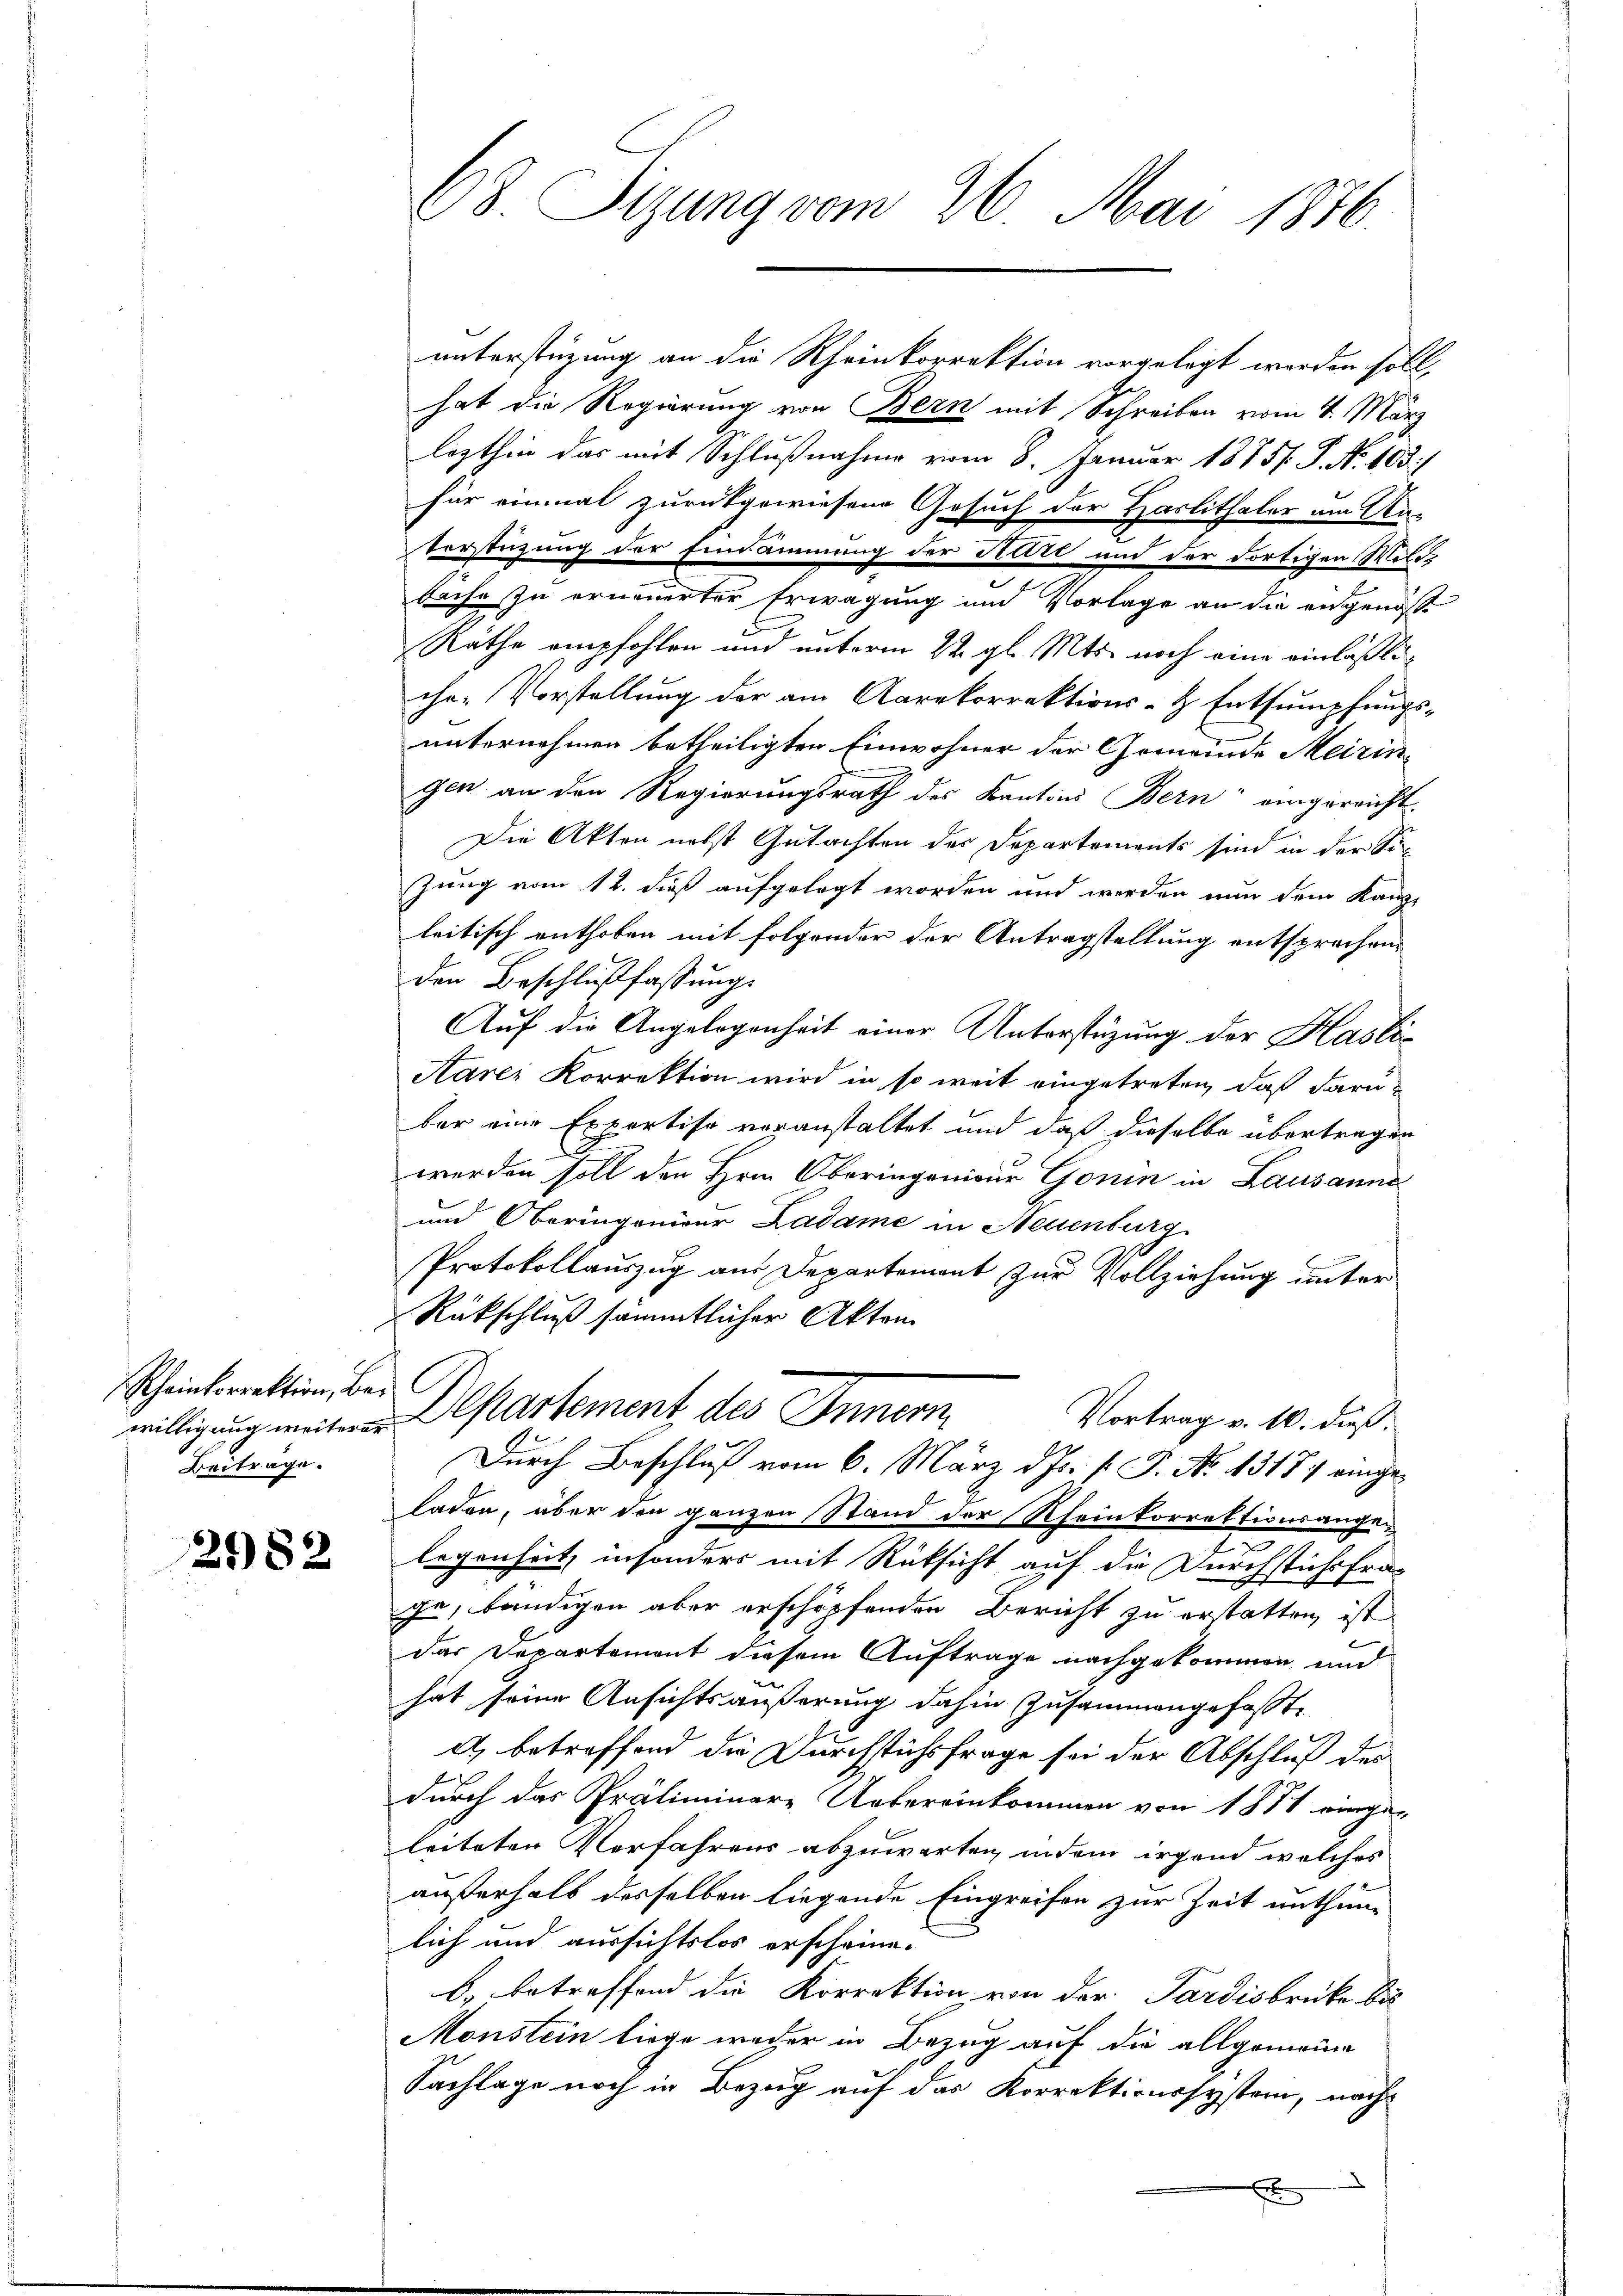
Rheinkorrektion, bei
Beitrage.

2082

unterstüzung an die Rheinkorrektion vorgelegt worden soll,
hat die Regierung von Bern mit Schreiben vom 4. März
lezthin das mit Schlußnahme vom 8. Januar 1875. P. Nr. 103)
für einmal zurückgewiesene Gesuch der Haslithaler am An-
Verstüzung der Eindämmung der Kleri und der dortigen Wilds
bäche zu erneuerter Erwägung und Vorlage an die angenosse
Räthe empfohlen und unterm 22. gl. Mts. noch eine einläßliche-Vorstellung der am Aarekorrektions- Entsumpfungs-
unternohmen betheiligten Einwohner der Gemeinde Meiringen an den Regierungsrath des Kantons Bern eingereicht.
Die Akten nebst Gutachten der Departements sind in der Sizung vom 12. dieß aufgelegt worden und werden nun dem Kanz-
leitisch enthoben mit folgender der Antragstellung entsprechen
den Beschlußfassung.
Auf die Angelegenheit einer Unterstüzung der Haslis
Aarei Korrektion wird in so weit eingetreten, daß darüber eine Expertise veranstaltet und daß dieselbe übertragen
werden soll den Hrn. Oberingenieur Gonin in Lausanne
und Oberingenieur Kadame in Neuenburg
Protokollauszug aus Departement zur Vollziehung unter
Rückschluß sämmtlicher Akten
willigung weiterer Departement des Innern
Vortrag v. 10. dieß.
Durch Beschluß vom 6. März d. Js. v. J. No 1317) eingeladen, über den ganzen Stand der Rheinkorrektionsange¬
2
legenheit, insonders mit Rüksicht auf die Durchstichsfra
ge, bändigen aber erschöpfenden Bericht zu erstatten, ist
das Departement diesem Auftrage nachgekommen und
hat seine Ansichtsäußerung dahin zusammengefaßte
A. betreffend die Durchstichsfrage sei der Abschluß der
durch das Präliminare Uebereinkommen von 1871 einge-
leiteten Verfahrens abzuwarten, indem irgend welches
außerhalb desselben liegende Eingreifen zur Zeit enthüm-
lich und aussichtslos erscheine.
b., betreffend die Korrektion von der Pardisbrücke bis
Monstein liege weder in Bezug auf die allgemeine
Sachlage noch in Bezug auf das Korrektionssystem, nachx

68. Sizung vom 26. Mai 1876.